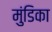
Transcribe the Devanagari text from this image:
मुंडिका